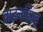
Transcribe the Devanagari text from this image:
ब्राइनहिल्ड्र